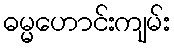
ဓမ္မဟောင်းကျမ်း